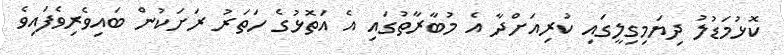
ކޮޅުމަޑުލު ދިޔަމިގިލީގައި ކުރިއަށްދާ އެ މުބާރާތުގައި އެ އަތޮޅުގެ ހަތަރު ރަށަކުން ބައިވެރިވެފައިވެ